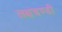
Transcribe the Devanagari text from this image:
लक्षचण्डी